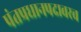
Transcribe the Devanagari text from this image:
पंतप्रधानपदावरच